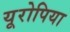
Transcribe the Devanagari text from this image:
यूरोपिया